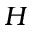
H